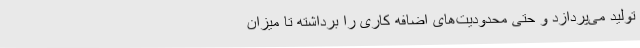
تولید می‌پردازد و حتی محدودیت‌های اضافه کاری را برداشته تا میزان